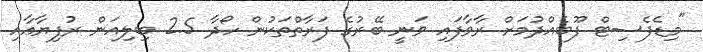
"މިޑެފެސިޓް ފޫބެއްދުމަށް ރާވާފައި ވަނީ ބޭރުގެ ފަރާތްތަކުން ހޯދާ 2.5 ބިލިއަން ރުފިޔާއާއި